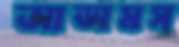
আডামস